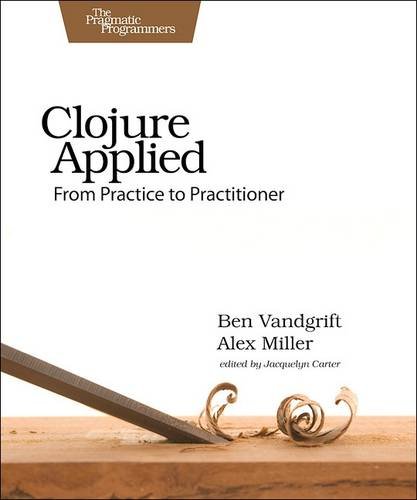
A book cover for Clojure Applied: From Practice to Practitioner; Ben Vandgrift; Computers & Technology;